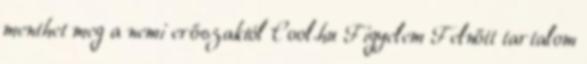
menthet meg a nemi erőszaktól Cool.hu Figyelem Felnőtt tartalom